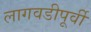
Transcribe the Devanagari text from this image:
लागवडीपूर्वी